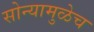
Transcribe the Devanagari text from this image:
सोन्यामुळेच